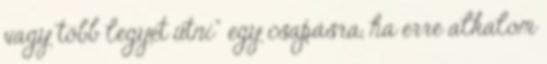
vagy több legyet ütni” egy csa­pásra, ha erre alkalom